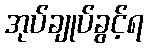
အုပ်ချုပ်ခွင့်ရ